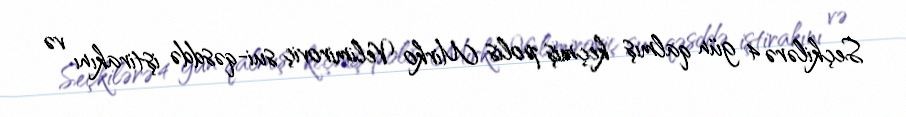
Seçkilərə 4 gün qalmış keçmiş polis Mirko Velimiroviç sui-qəsddə iştirakını və